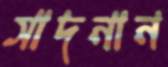
সাদনান